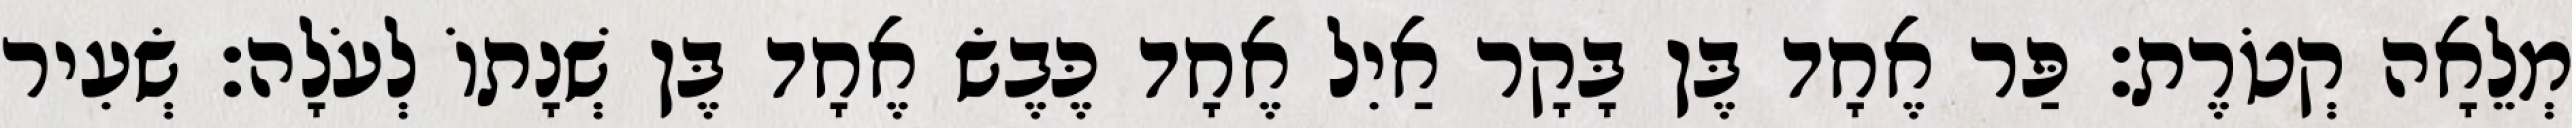
מְלֵאָה קְטֹרֶת׃ פַּר אֶחָד בֶּן בָּקָר אַיִל אֶחָד כֶּבֶשׂ אֶחָד בֶּן שְׁנָתוֹ לְעֹלָה׃ שְׂעִיר